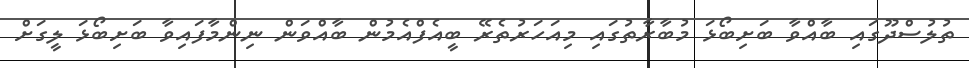
ތުލުސްދޫގައި ބާއްވާ ބަށިބޯޅަ މުބާރާތުގައި މިއަހަރުތެރޭ ބީއެފްއެމުން ބާއްވަން ނިންމާފައިވާ ބަށިބޯޅަ ލީގަށް